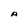
Character: A